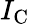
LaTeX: I_{\mathrm{C}}